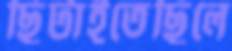
ছিটাইতেছিলে